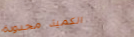
الكمية محدودة